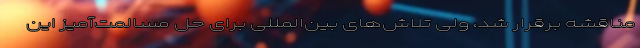
مناقشه برقرار شد، ولی تلاش‌های بین‌المللی برای حل مسالمت‌آمیز این